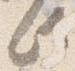
此